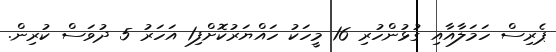
ޕެރިސް ހަމަލާއާއި ގުޅުންހުރި 16 މީހަކު ހައްޔަރުކޮށްފި1 އަހަރު 5 ދުވަސް ކުރިން.